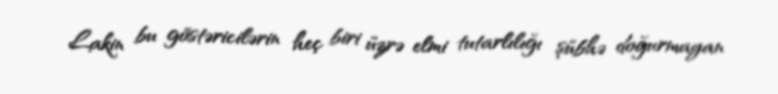
Lakin bu göstəricilərin heç biri üzrə elmi tutarlılığı şübhə doğurmayan